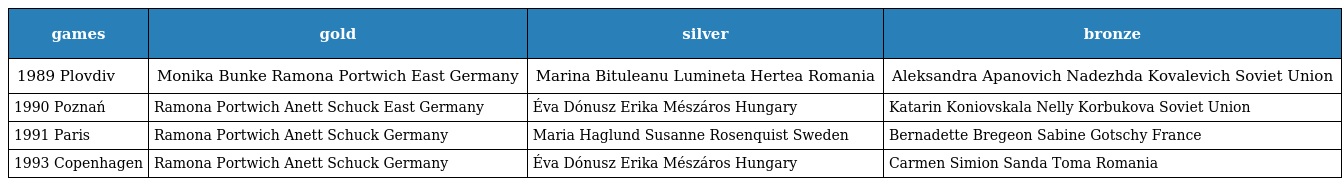
| games | gold | silver | bronze |
 | --- | --- | --- | --- |
 | 1989 Plovdiv | Monika Bunke Ramona Portwich East Germany | Marina Bituleanu Lumineta Hertea Romania | Aleksandra Apanovich Nadezhda Kovalevich Soviet Union |
 | 1990 Poznań | Ramona Portwich Anett Schuck East Germany | Éva Dónusz Erika Mészáros Hungary | Katarin Koniovskala Nelly Korbukova Soviet Union |
 | 1991 Paris | Ramona Portwich Anett Schuck Germany | Maria Haglund Susanne Rosenquist Sweden | Bernadette Bregeon Sabine Gotschy France |
 | 1993 Copenhagen | Ramona Portwich Anett Schuck Germany | Éva Dónusz Erika Mészáros Hungary | Carmen Simion Sanda Toma Romania |